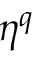
\eta ^ { q }